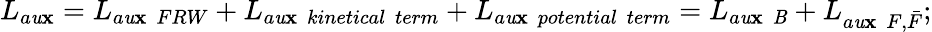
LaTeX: L_{a\mathit{u}\mathbf{x}}=L_{a\mathit{u}\mathbf{x}~~FRW}+L_{a\mathit{u}\mathbf{x}~~kinetical~~term}+L_{a\mathit{u}\mathbf{x}~~potential~~term}=L_{a\mathit{u}\mathbf{x}~~\mathit{B}}+L_{a\mathit{u}\mathbf{x}~~F,\bar{{F}}};